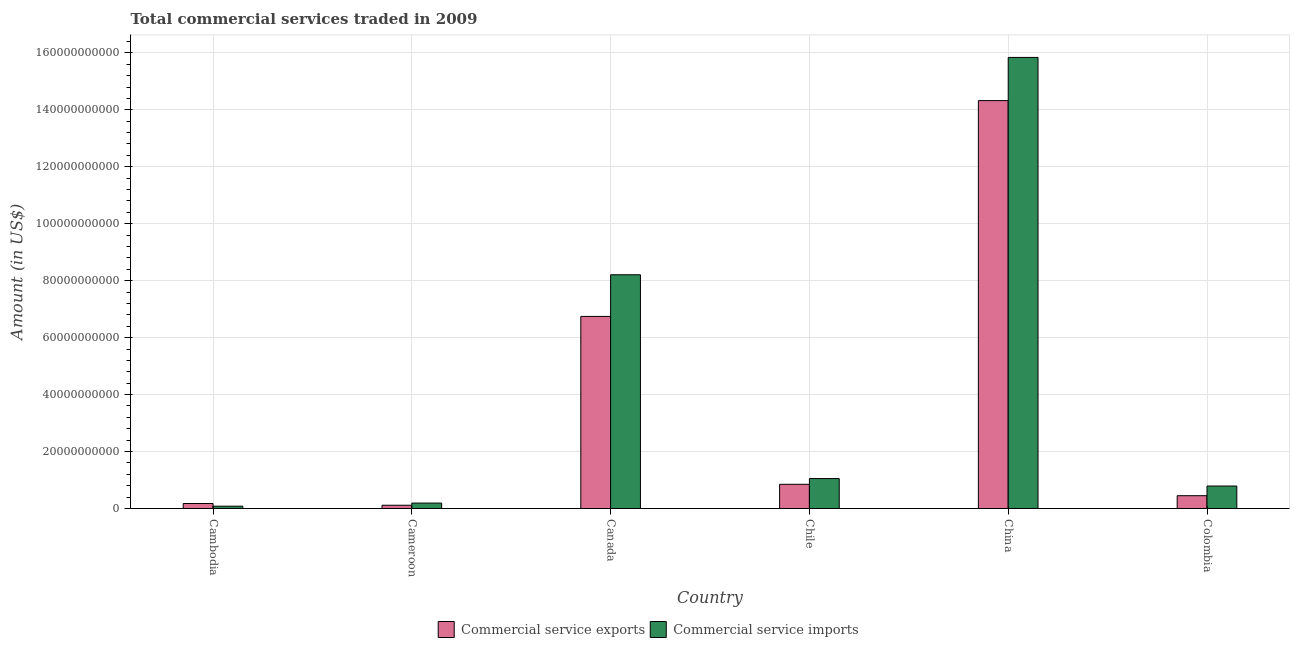
| Country | Commercial service exports | Commercial service imports |
 | --- | --- | --- |
 | Cambodia | 1.75e+09 | 8.1e+08 |
 | Cameroon | 1.14e+09 | 1.9e+09 |
 | Canada | 6.74e+10 | 8.21e+10 |
 | Chile | 8.49e+09 | 1.05e+10 |
 | China | 1.43e+11 | 1.58e+11 |
 | Colombia | 4.49e+09 | 7.89e+09 |